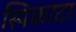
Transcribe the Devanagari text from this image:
स्पिकाटा